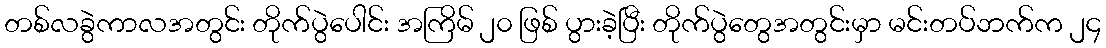
တစ်လခွဲကာလအတွင်း တိုက်ပွဲပေါင်း အကြိမ် ၂၀ ဖြစ် ပွားခဲ့ပြီး တိုက်ပွဲတွေအတွင်းမှာ မင်းတပ်ဘက်က ၂၄